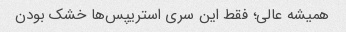
همیشه عالی؛ فقط این سری استریپس‌ها خشک بودن